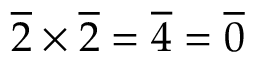
{ \overline { { 2 } } } \times { \overline { { 2 } } } = { \overline { { 4 } } } = { \overline { { 0 } } }